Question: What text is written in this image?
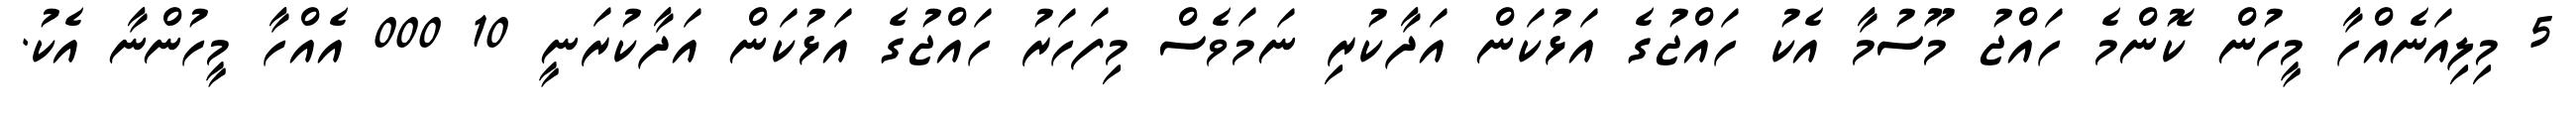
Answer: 5 މިލިއަނެއްހާ މީހުން ކޮންމެ ހައްޖު މޫސުމާ އެކު ހައްޖުގެ އަޅުކަން އަދާކުރި ނަމަވެސް މިފަހަރު ހައްޖުގެ އަޅުކަން އަދާކުރަނީ 10 000 އެއްހާ މީހުންނާ އެކު.